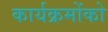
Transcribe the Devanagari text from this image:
कार्यक्रमोंको